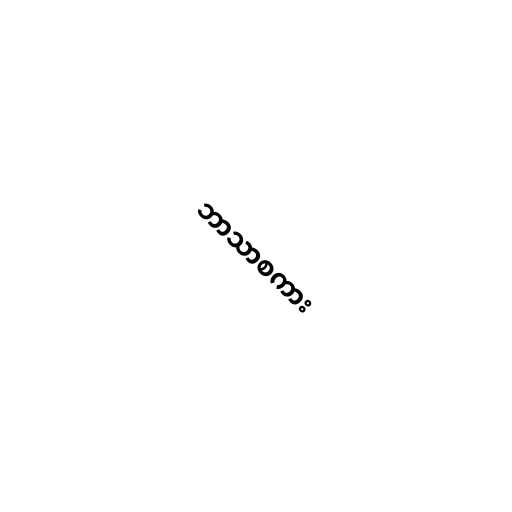
ဘာသာစကား